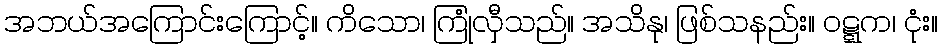
အဘယ်အကြောင်းကြောင့်။ ကိသော၊ ကြုံလှီသည်။ အသိနု၊ ဖြစ်သနည်း။ ဝဋ္ဋက၊ ငုံး။